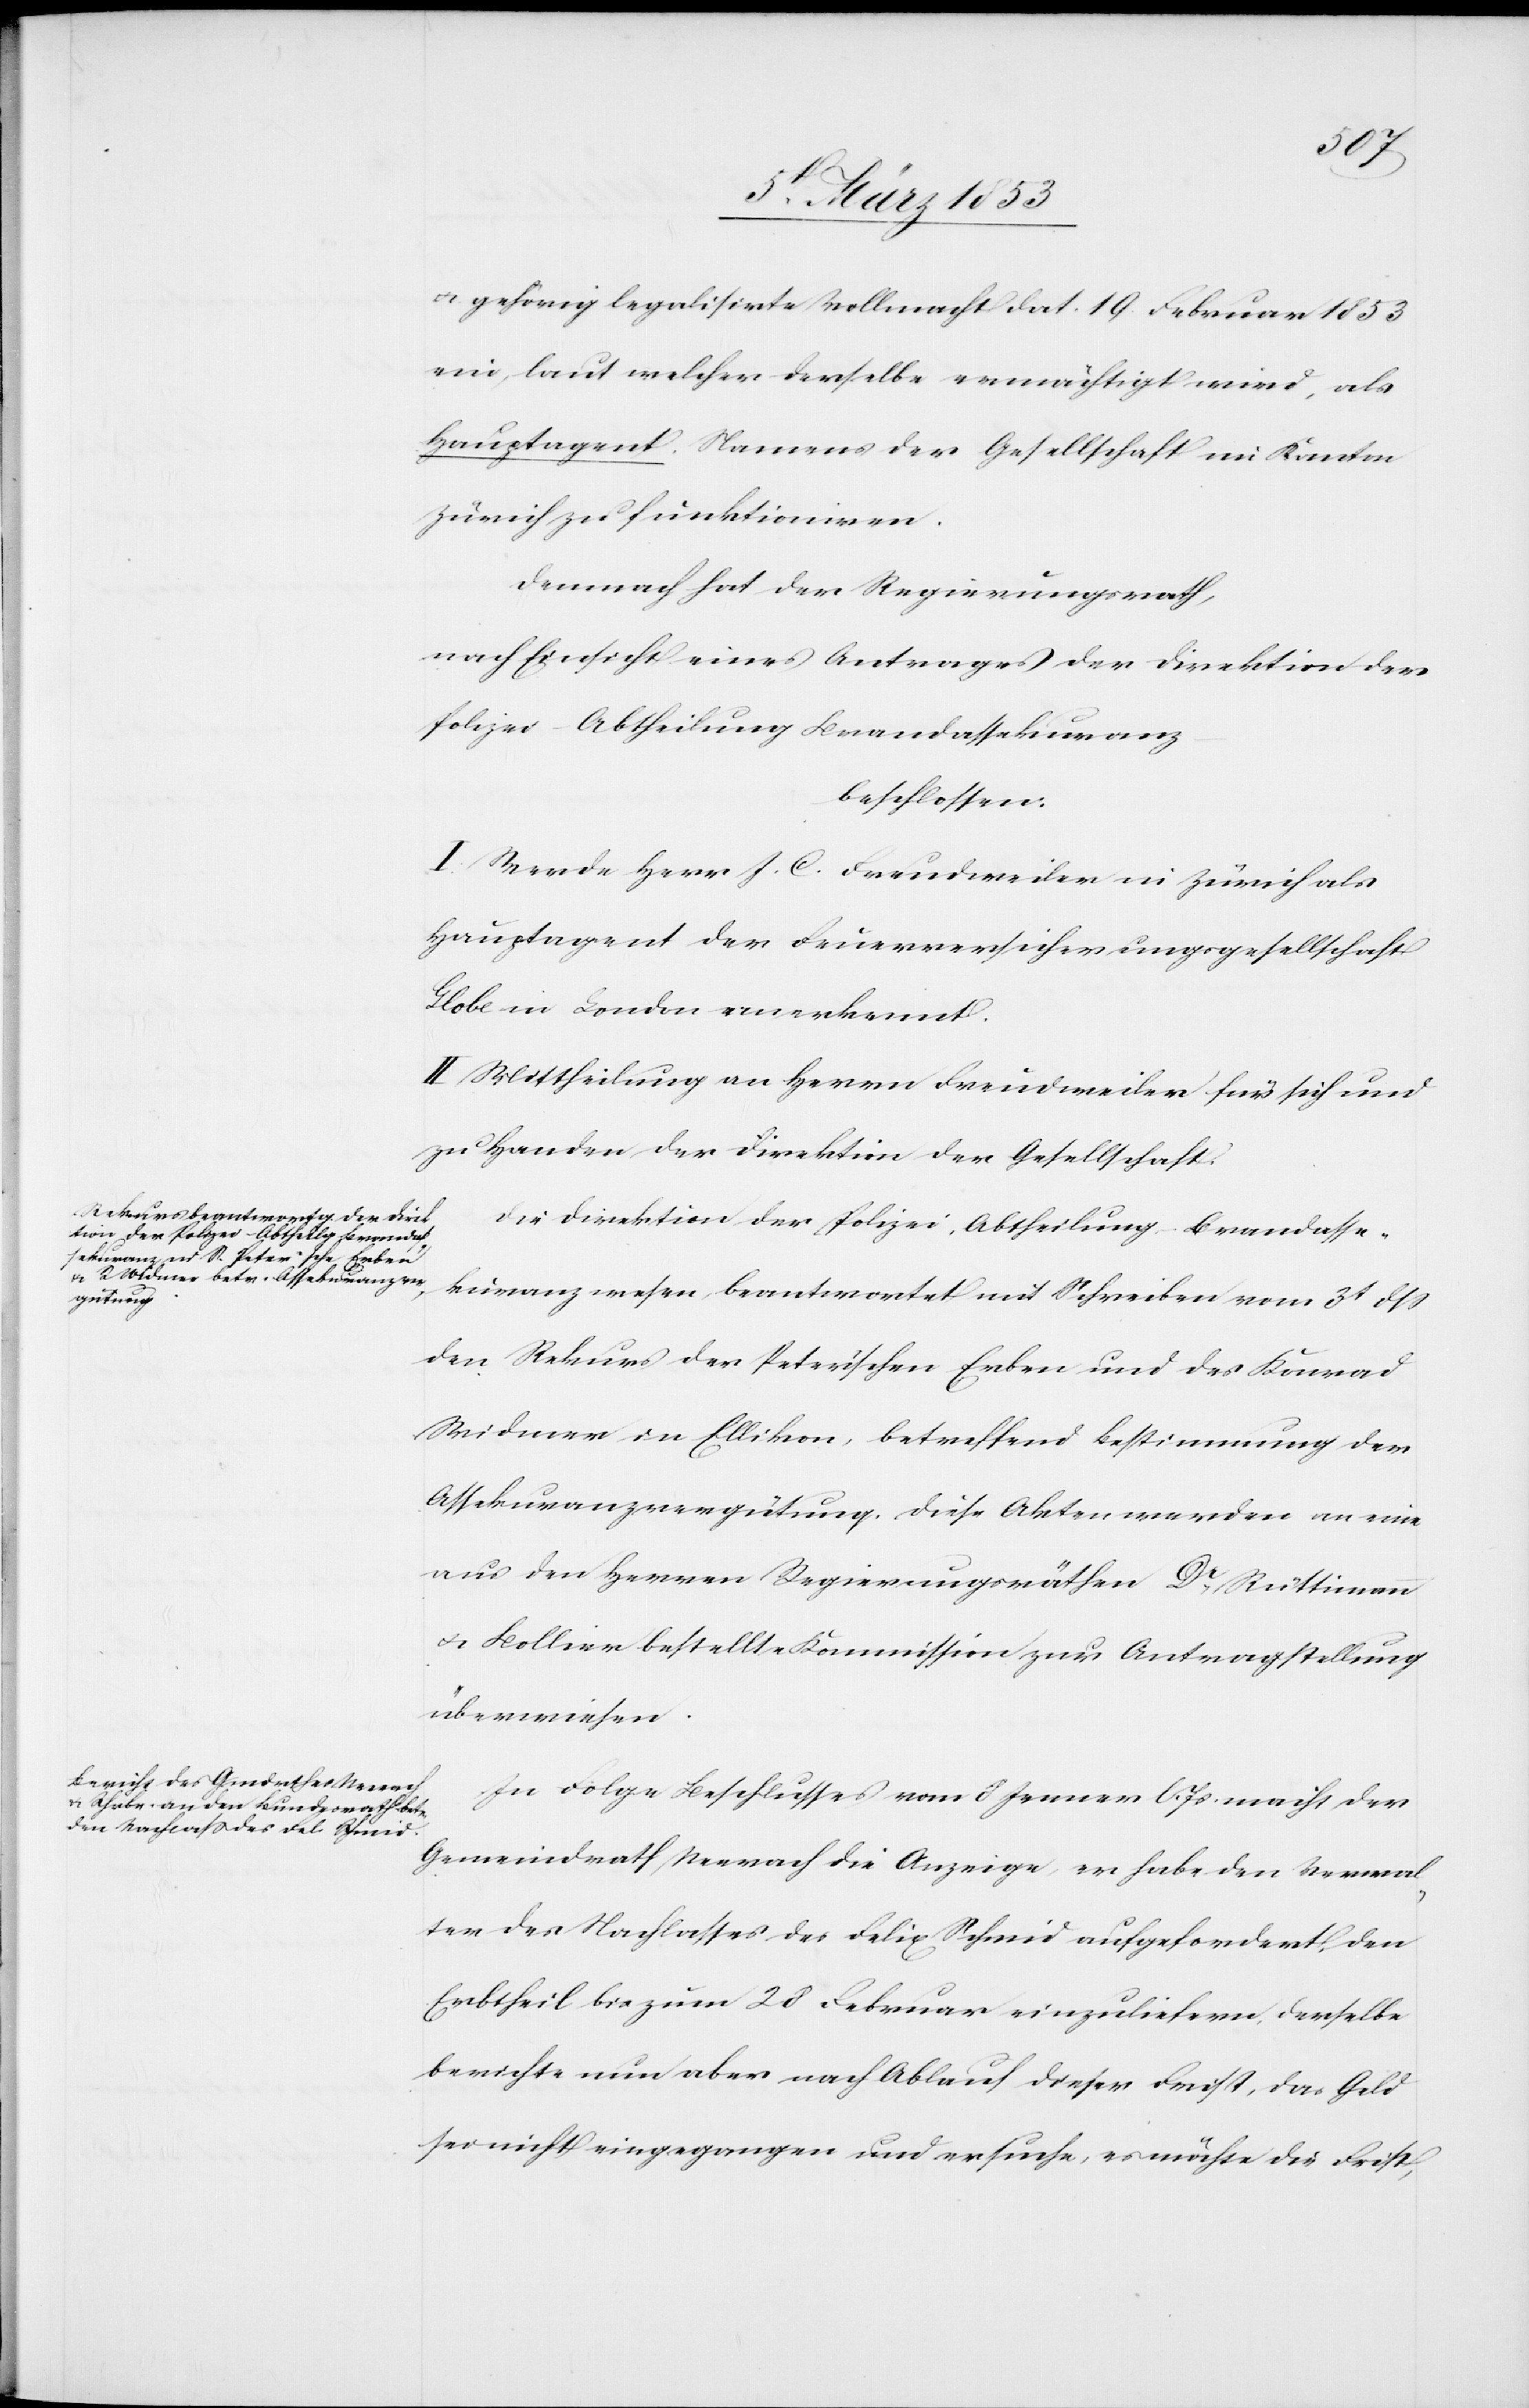
u. gehörig legalisirte Vollmacht dat. 19 Februar 1853
ein, laut welcher derselbe ermächtigt wird, als
Hauptagent Namens der Gesellschaft im Kanton
Zürich zu funktioniren.
Demnach hat der Regierungsrath,
nach Einsicht eines Antrages der Direktion der
Polizei-Abtheilung Brandassekuranz
beschlossen.
I. Werde Herr J. C. Freudweiler in Zürich als
Hauptagent der Feuerversicherungsgesellschaft
Globe in London anerkennt.
II. Mittheilung an Herrn Freudweiler für sich und
zu Handen der Direktion der Gesellschaft.
Die Direktion der Polizei-Abtheilung Brandasse¬
kuranzwesen beantwortet mit Schreiben vom 31 dß
den Rekurs der Peterischen Erben und des Konrad
Widmer in Ellikon, betreffend Bestimmung der
Assekuranzvergütung. Diese Akten werden an eine
aus den Herren Regierungsräthen Dr. Rüttimann
u. Bollier bestellte Kommission zur Antragstellung
überwiesen.
In Folge Beschlusses vom 8 Jenner l. Js. macht der
Gemeindrath Neerach die Anzeige, er habe den Verwal¬
ter des Nachlasses des Felix Schmid aufgefordert, den
Erbtheil bis zum 28 Februar einzuliefern. Derselbe
berichte nun aber nach Ablauf dieser Frist, das Geld
sei nicht eingegangen und ersuche, es möchte die Frist